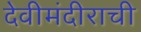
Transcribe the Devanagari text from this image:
देवीमंदीराची